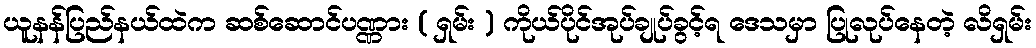
ယူနန်ပြည်နယ်ထဲက ဆစ်ဆောင်ပဏ္ဏား ( ရှမ်း ) ကိုယ်ပိုင်အုပ်ချုပ်ခွင့်ရ ဒေသမှာ ပြုလုပ်နေတဲ့ လိရှမ်း